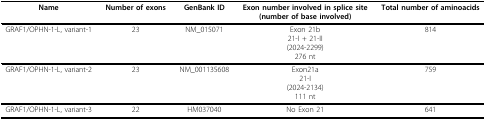
<table><thead><tr><td><b>Name</b></td><td><b>Number of exons</b></td><td><b>GenBank ID</b></td><td><b>Exon number involved in splice site(number of base involved)</b></td><td><b>Total number of aminoacids</b></td></tr></thead><tbody><tr><td>GRAF1/OPHN-1-L, variant-1</td><td>23</td><td>NM_015071</td><td>Exon 21b21-I + 21-II(2024-2299)276 nt</td><td>814</td></tr><tr><td>GRAF1/OPHN-1-L, variant-2</td><td>23</td><td>NM_001135608</td><td>Exon21a21-I(2024-2134)111 nt</td><td>759</td></tr><tr><td>GRAF1/OPHN-1-L, variant-3</td><td>22</td><td>HM037040</td><td>No Exon 21</td><td>641</td></tr></tbody></table>